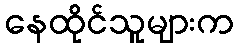
နေထိုင်သူများက